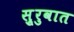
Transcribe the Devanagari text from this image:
सु्रुवात